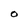
Character: O